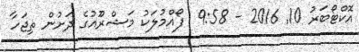
އޮކްޓޯބަރު 10